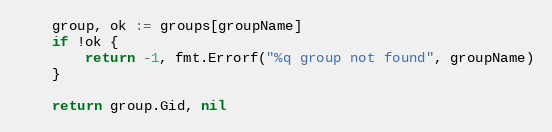
Language: Go
	group, ok := groups[groupName]
	if !ok {
		return -1, fmt.Errorf("%q group not found", groupName)
	}

	return group.Gid, nil